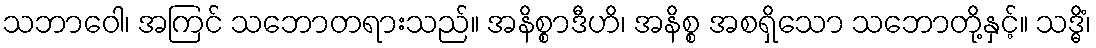
သဘာဝေါ၊ အကြင် သဘောတရားသည်။ အနိစ္စာဒီဟိ၊ အနိစ္စ အစရှိသော သဘောတို့နှင့်။ သဒ္ဓိံ၊